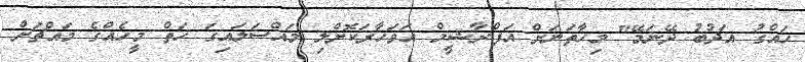
ހައްގު އަދުބު ދޭނަމޭ" މިހާތަނަށް އަފްރާޝީމް އަވަހާރަކޮށްލި މައްސަލައިގަ ހަތް މީހެއްގެ މައްޗަށް